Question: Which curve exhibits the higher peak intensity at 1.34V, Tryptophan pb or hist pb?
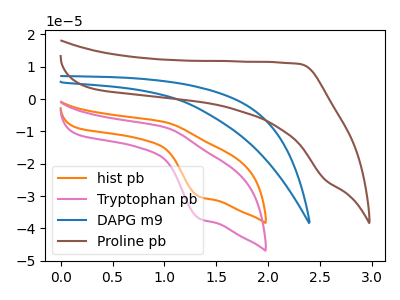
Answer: <think>The orange curve "hist pb" has an anodic peak at (1.00V, -7.15uA) and a cathodic peak at (1.35V, -30.25uA). The pink curve "Tryptophan pb" has an anodic peak at (1.00V, -8.75uA) and a cathodic peak at (1.35V, -37.00uA). The blue curve "DAPG m9" has no peaks. The brown curve "Proline pb" has no peaks.</think>
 <answer>The peak at 1.34V is higher in "Tryptophan pb" than in "hist pb".</answer>
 <eval>higher</eval>